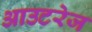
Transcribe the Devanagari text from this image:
आउटरेज